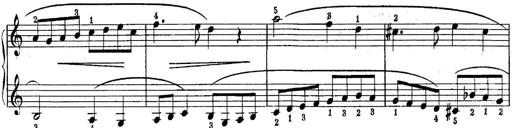
Title: Piano Sonatina No.1 in C major
Composer: Tadeusz Joteyko
Key: C major